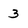
Character: 3